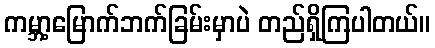
ကမ္ဘာ့မြောက်ဘက်ခြမ်းမှာပဲ တည်ရှိကြပါတယ်။